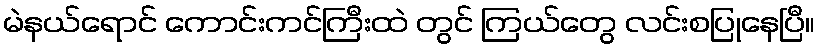
မဲနယ်ရောင် ကောင်းကင်ကြီးထဲ တွင် ကြယ်တွေ လင်းစပြုနေပြီ။